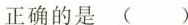
正确的是( )